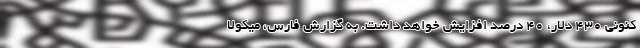
کنونی 430 دلار، 40 درصد افزایش خواهد داشت. به گزارش فارس، میکولا